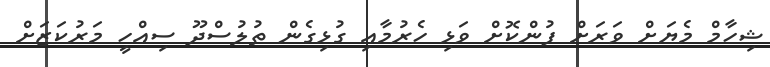
ޝިހާމް މެޔަށް ވަރަށް ފުންކޮށް ވަޅި ހެރުމާއި ގުޅިގެން ތުލުސްދޫ ސިއްހީ މަރުކަޒަށް